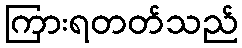
ကြားရတတ်သည်